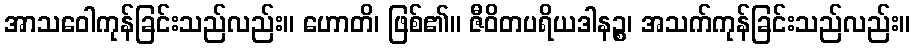
အာသဝေါကုန်ခြင်းသည်လည်း။ ဟောတိ၊ ဖြစ်၏။ ဇီဝိတပရိယဒါနဉ္စ၊ အသက်ကုန်ခြင်းသည်လည်း။